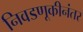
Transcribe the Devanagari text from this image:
निवडणूकीनंतर